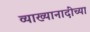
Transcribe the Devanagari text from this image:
व्याख्यानादींच्या